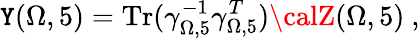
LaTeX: {\cal\mathtt{Y}}(\Omega,5)=\mathrm{{Tr}}(\gamma_{\Omega,5}^{-1}\gamma_{\Omega,5}^{T}){\calZ}(\Omega,5)~,